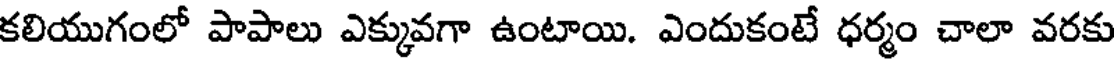
కలియుగంలో పాపాలు ఎక్కువగా ఉంటాయి. ఎందుకంటే ధర్మం చాలా వరకు